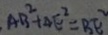
A B ^ { 2 } + A E ^ { 2 } = B E ^ { 2 }